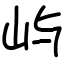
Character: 屿